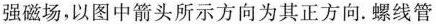
强磁场，以图中箭头所示方向为其正方向。螺线管